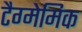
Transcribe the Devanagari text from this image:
टैग्मेमिक